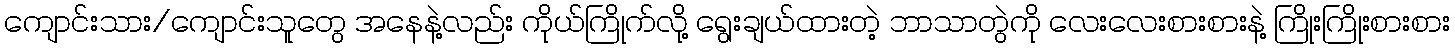
ကျောင်းသား/ကျောင်းသူတွေ အနေနဲ့လည်း ကိုယ်ကြိုက်လို့ ရွေးချယ်ထားတဲ့ ဘာသာတွဲကို လေးလေးစားစားနဲ့ ကြိုးကြိုးစားစား